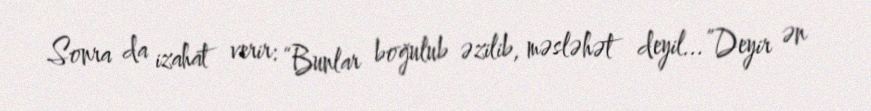
Sonra da izahat verir: “Bunlar boğulub əzilib, məsləhət deyil...”Deyir ən